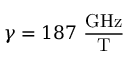
\gamma = 1 8 7 ~ \mathrm { \frac { G H z } { T } }